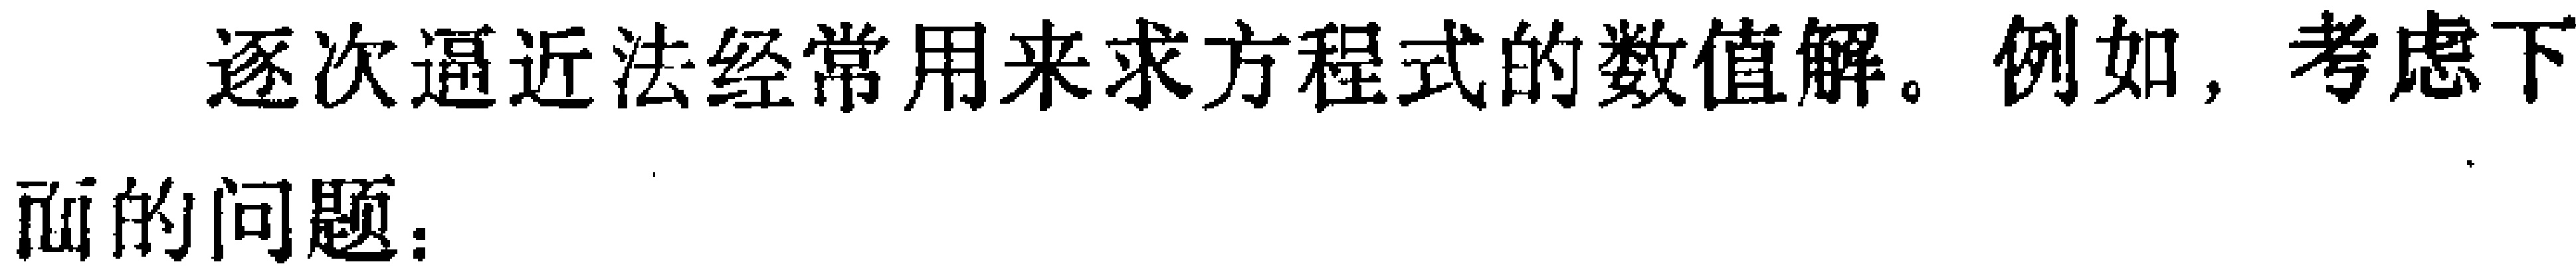
逐次逼近法经常用来求方程式的数值解。例如，考虑下面的问题：